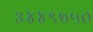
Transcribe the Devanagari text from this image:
३४४९७५०